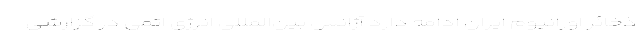
ذخائر اورانیوم ایران ادامه دارد آژانس بین‌المللی انرژی اتمی در گزارشی